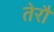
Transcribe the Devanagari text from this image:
तेरौ